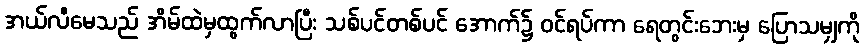
အယ်လီမေသည် အိမ်ထဲမှထွက်လာပြီး သစ်ပင်တစ်ပင် အောက်၌ ဝင်ရပ်ကာ ရေတွင်းဘေးမှ ပြောသမျှကို